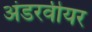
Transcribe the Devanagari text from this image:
अंडरवीयर